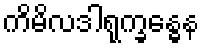
ကိမိလဒါရုက္ခန္ဓေန